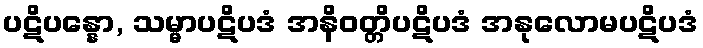
ပဋိပန္နော, သမ္မာပဋိပဒံ အနိဝတ္တိပဋိပဒံ အနုလောမပဋိပဒံ